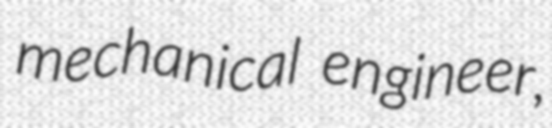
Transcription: mechanical engineer,